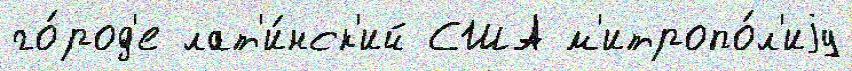
го́род'е лат'и́нск'ий США м'итропо́л'иjу